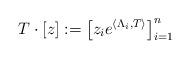
LaTeX: \begin{align*}T\cdot [z]:=\left [ z_ie^{\langle \Lambda_i,T\rangle}\right ]_{i=1} ^n\end{align*}